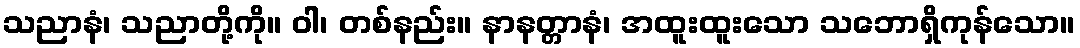
သညာနံ၊ သညာတို့ကို။ ဝါ၊ တစ်နည်း။ နာနတ္တာနံ၊ အထူးထူးသော သဘောရှိကုန်သော။